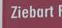
ziebart